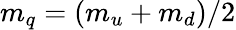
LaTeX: m_{q}=(m_{u}+m_{d})/2